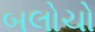
બલોચો